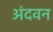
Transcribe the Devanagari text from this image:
अंदवन